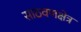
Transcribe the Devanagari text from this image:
साठवणक्षेत्र